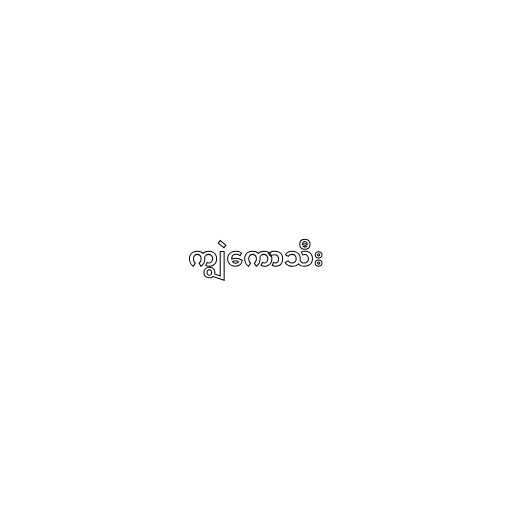
ကျွဲကောသီး